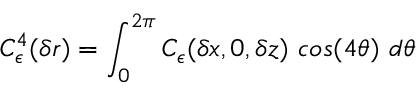
C _ { \epsilon } ^ { 4 } ( \delta r ) = \int _ { 0 } ^ { 2 \pi } C _ { \epsilon } ( \delta x , 0 , \delta z ) ~ c o s ( 4 \theta ) ~ d \theta